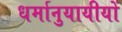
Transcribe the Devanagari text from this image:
धर्मानुयायीयों